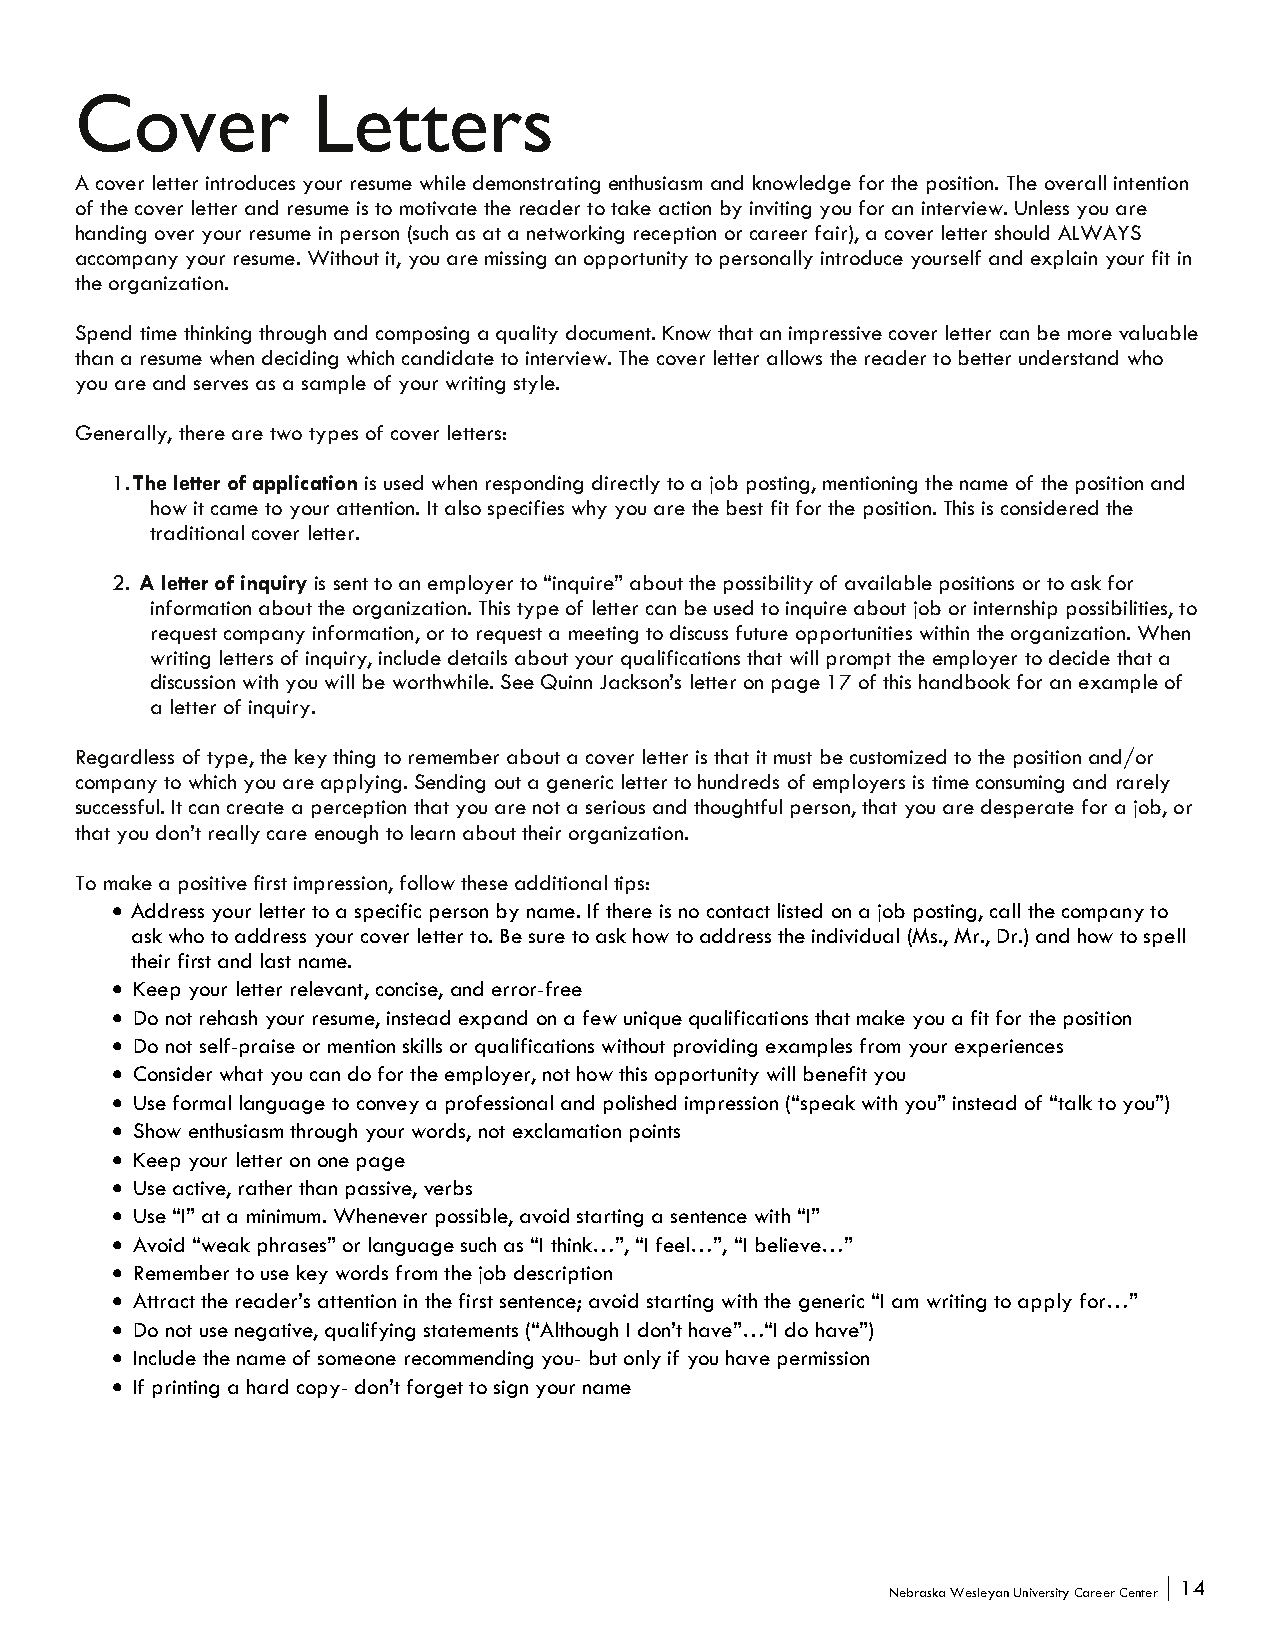
Cover           Letters
 A cover letter introduces your resume while demonstrating enthusiasm and knowledge for the position. The overall intention
 of the cover letter and resume is to motivate the reader to take action by inviting you for an interview. Unless you are
 handing over your resume in person (such as at a networking reception or career fair), a cover letter should ALWAYS
 accompany your resume. Without it, you are missing an opportunity to personally introduce yourself and explain your fit in
 the organization.
 Spend time thinking through and composing a quality document. Know that an impressive cover letter can be more valuable
 than a resume when deciding which candidate to interview. The cover letter allows the reader to better understand who
 you are and serves as a sample of your writing style.
 Generally, there are two types of cover letters:
 1. The letter of application is used when responding directly to a job posting, mentioning the name of the position and
 how it came to your attention. It also specifies why you are the best fit for the position. This is considered the
 traditional cover letter.
 2. A letter of inquiry is sent to an employer to “inquire” about the possibility of available positions or to ask for
 information about the organization. This type of letter can be used to inquire about job or internship possibilities, to
 request company information, or to request a meeting to discuss future opportunities within the organization. When
 writing letters of inquiry, include details about your qualifications that will prompt the employer to decide that a
 discussion with you will be worthwhile. See Quinn Jackson’s letter on page 17 of this handbook for an example of
 a letter of inquiry.
 Regardless of type, the key thing to remember about a cover letter is that it must be customized to the position and/or
 company to which you are applying. Sending out a generic letter to hundreds of employers is time consuming and rarely
 successful. It can create a perception that you are not a serious and thoughtful person, that you are desperate for a job, or
 that you don’t really care enough to learn about their organization.
 To make a positive first impression, follow these additional tips:
 • Address your letter to a specific person by name. If there is no contact listed on a job posting, call the company to
 ask who to address your cover letter to. Be sure to ask how to address the individual (Ms., Mr., Dr.) and how to spell
 their first and last name.
 • Keep your letter relevant, concise, and error-free
 • Do not rehash your resume, instead expand on a few unique qualifications that make you a fit for the position
 • Do not self-praise or mention skills or qualifications without providing examples from your experiences
 • Consider what you can do for the employer, not how this opportunity will benefit you
 • Use formal language to convey a professional and polished impression (“speak with you” instead of “talk to you”)
 • Show enthusiasm through your words, not exclamation points
 • Keep your letter on one page
 • Use active, rather than passive, verbs
 • Use “I” at a minimum. Whenever possible, avoid starting a sentence with “I”
 • Avoid “weak phrases” or language such as “I think…”, “I feel…”, “I believe…”
 • Remember to use key words from the job description
 • Attract the reader’s attention in the first sentence; avoid starting with the generic “I am writing to apply for…”
 • Do not use negative, qualifying statements (“Although I don’t have”…“I do have”)
 • Include the name of someone recommending you- but only if you have permission
 • If printing a hard copy- don’t forget to sign your name
 14
 Nebraska Wesleyan University Career Center